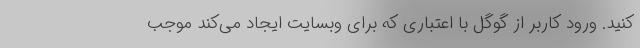
کنید. ورود کاربر از گوگل با اعتباری که برای وبسایت ایجاد می‌کند موجب